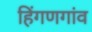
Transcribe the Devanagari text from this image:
हिंगणगांव